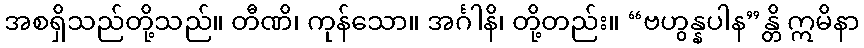
အစရှိသည်တို့သည်။ တီဏိ၊ ကုန်သော။ အင်္ဂါနိ၊ တို့တည်း။ “ဗဟွန္နပါန”န္တိ ဣမိနာ